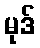
မုဒ်